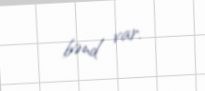
bənd var.